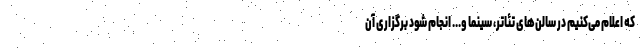
که اعلام می‌کنیم در سالن‌های تئاتر، سینما و... انجام شود برگزاری آن